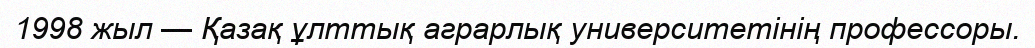
1998 жыл — Қазақ ұлттық аграрлық университетінің профессоры.